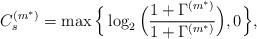
LaTeX: \begin{align*}C_s^{(m^*)}=\max\Big\{\log_2\Big(\frac{1+\Gamma_{}^{(m^*)}}{1+\Gamma_{}^{(m^*)}}\Big),0\Big\},\end{align*}